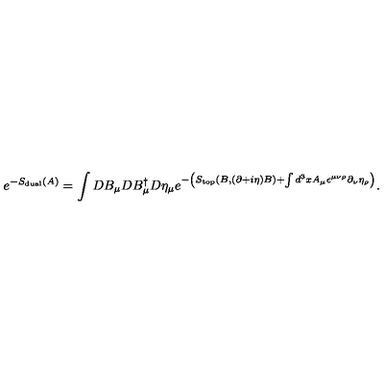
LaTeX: e ^ { - S _ { \mathrm { d u a l } } ( A ) } = \int D B _ { \mu } D B _ { \mu } ^ { \dagger } D \eta _ { \mu } e ^ { - \left( S _ { \mathrm { t o p } } ( B , ( \partial + i \eta ) B ) + \int d ^ { 3 } x A _ { \mu } \epsilon ^ { \mu \nu \rho } \partial _ { \nu } \eta _ { \rho } \right) } .